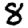
Digit: 8